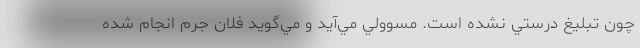
چون تبليغ درستي نشده است. مسوولي مي‌آيد و مي‌گويد فلان جرم انجام شده